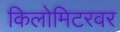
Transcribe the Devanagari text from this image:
किलोमिटरवर